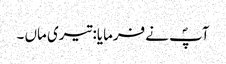
آپؐ نے فرمایا: تیری ماں ۔